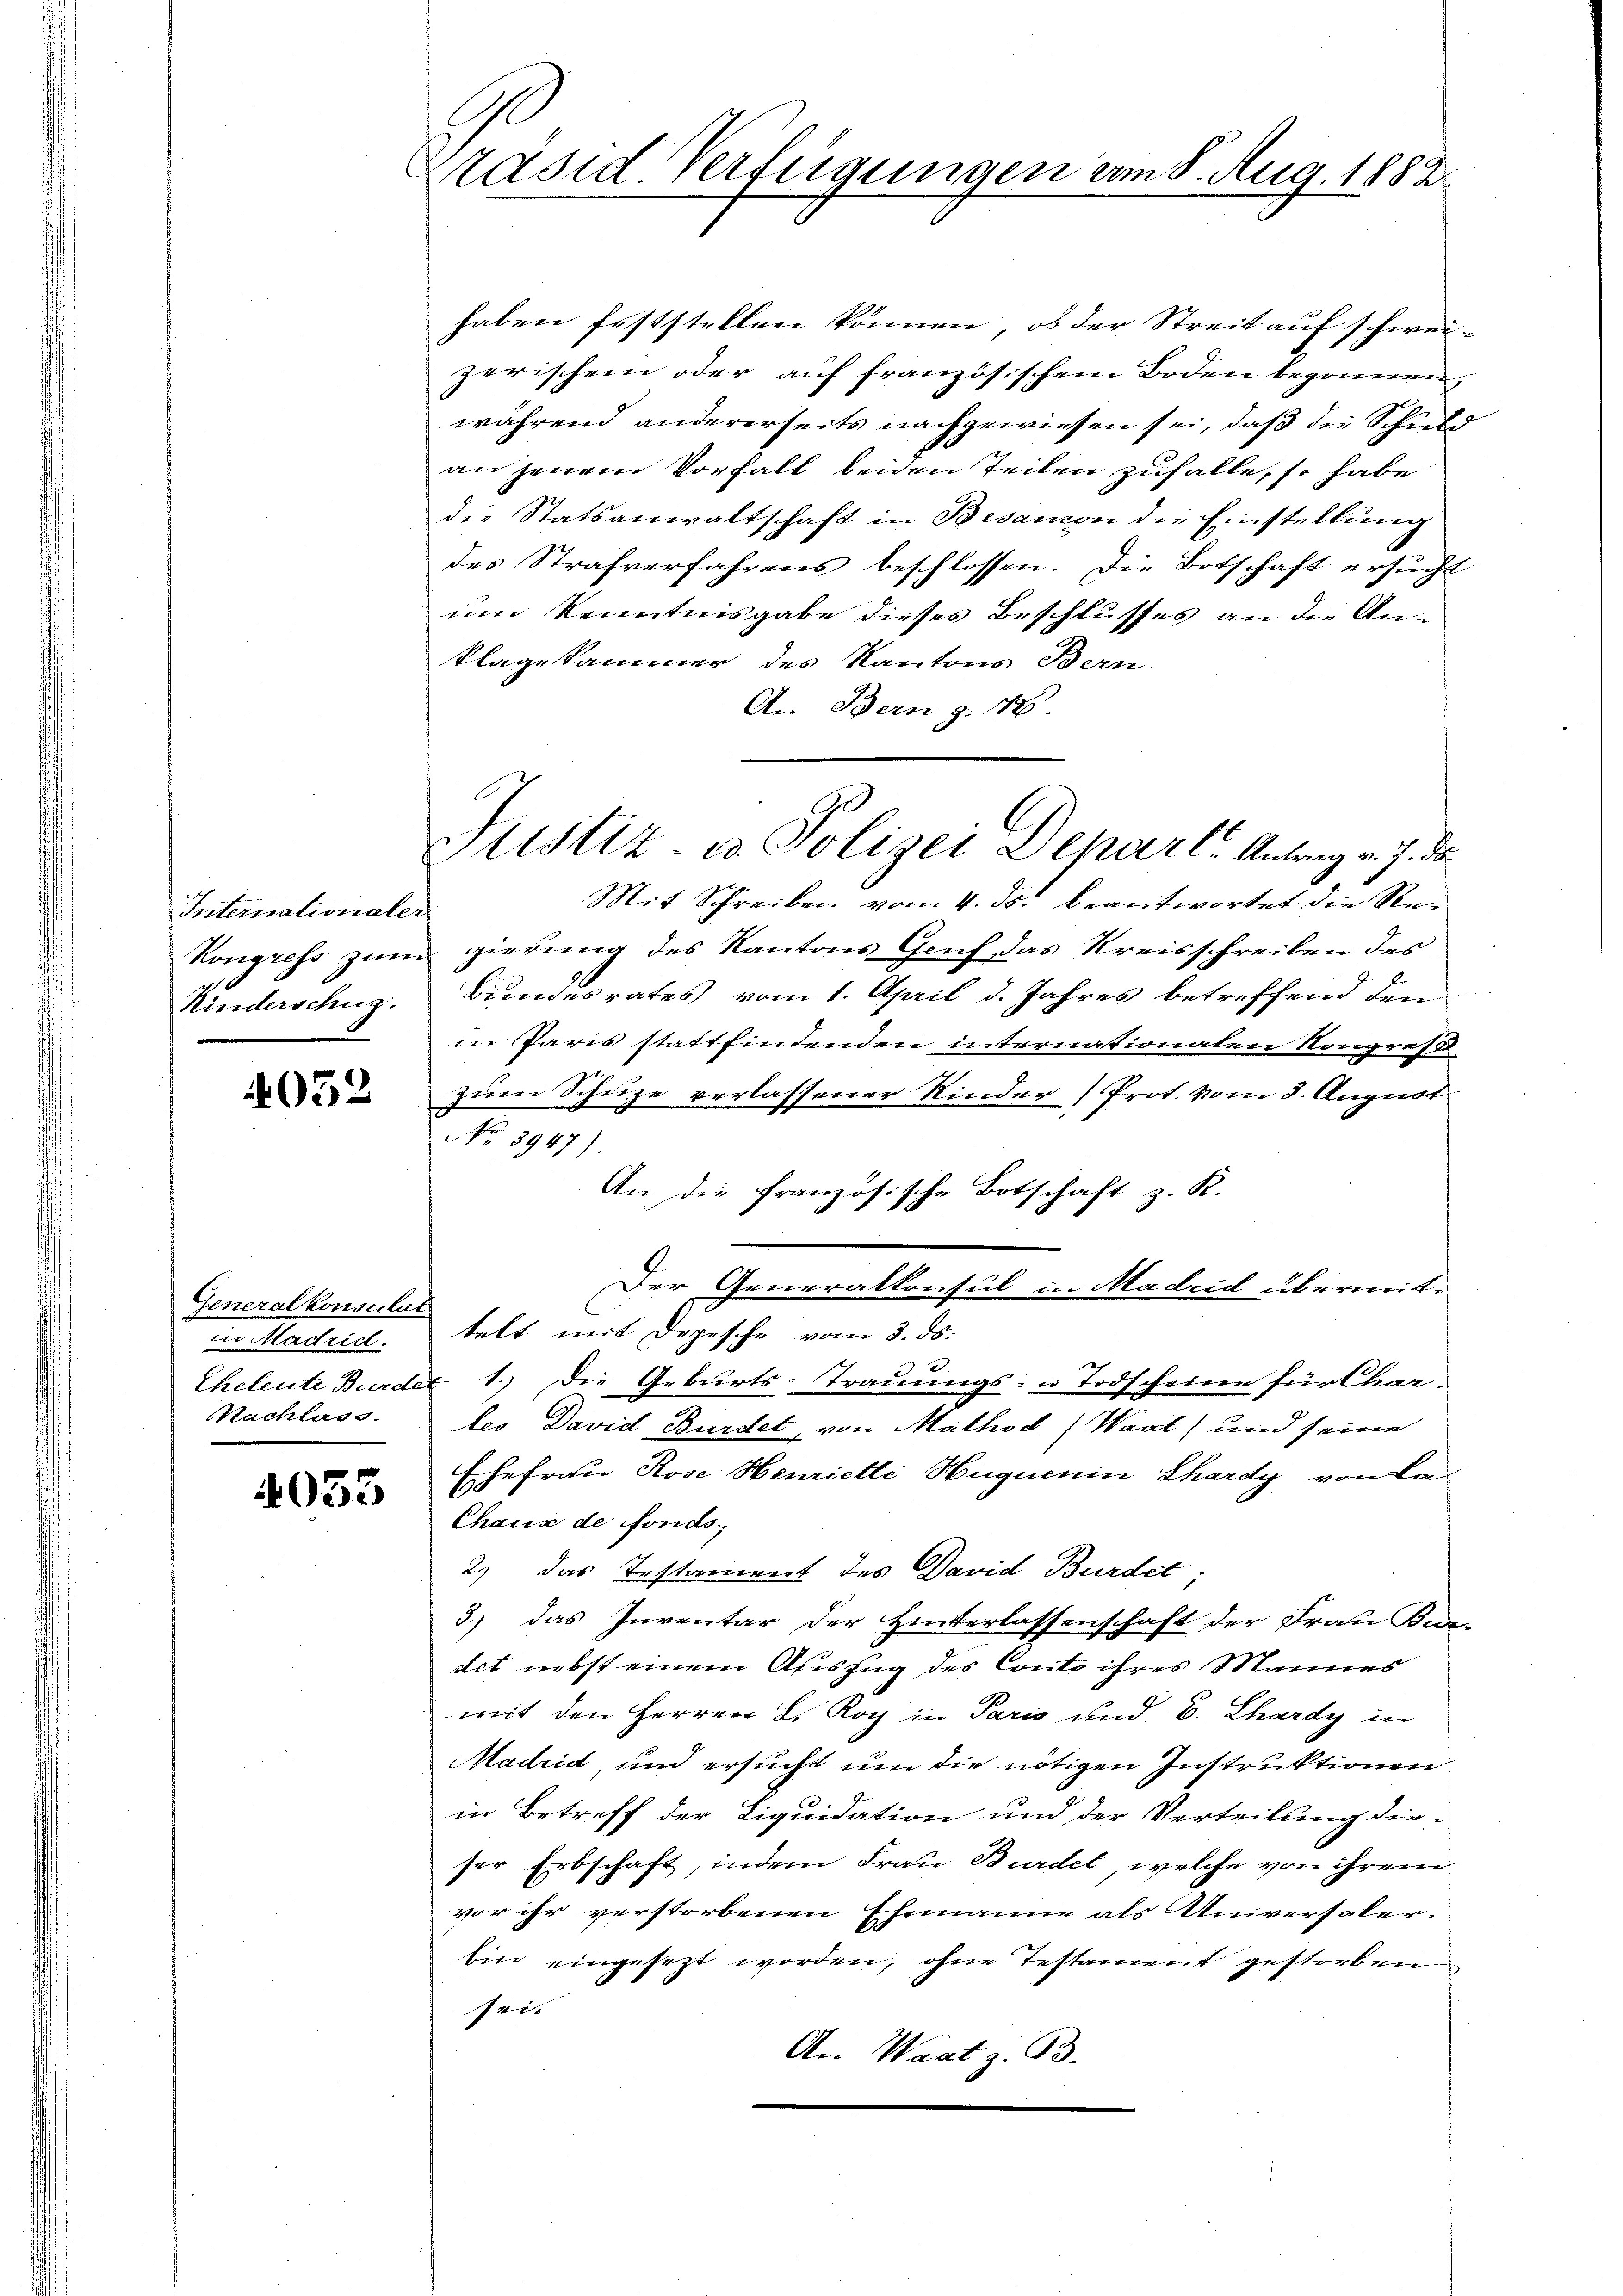
Internationaler
Kinderschuz.

4052

Generalkonsulat
in Madrid.
Nachlass.

4033

l
Präsid. Verfügungen vom 8. Aug. 1882

Justiz- u Polizei Depart. Antrag v. J. de

haben feststellen können, ob der Streit auf schweizerischen oder auf französischem Boden begrünen,
während andererseits nachgewiesen sei, daß die Schuld
an jenem Vorfall beiden Teilen zufalle, so habe
die Statsanwaltschaft in Besandon die Einstellung
des Strafverfahrens beschlossen. Die Botschaft ersucht
um kenntnisgabe dieses Beschlusses an die Anklagekammer des Kantons Bern.
An Bern z. 18
Mit Schreiben vom 4. ds. beantwortet die Re¬
Kongress zum gierung des Kantons Genf das Kreisschreiben des
Bundesrates vom 1. April d. Jahres betreffend den
in Paris stattfindenden internationalen Kongress
zum Schuze verlassener Kinder (Prot. vom 3. August
No 3947).
An die französische Botschaft z. K.
Der Generalkonsul in Madrid übermittelt mit Depesche vom 3. ds.
Eheleute Burde 1.) Die Geburts-Trauungs-Todscheine für Charles David Bürdet, von Mathod (Waat) und seine
Ehefrau Rose Henriette Huguenin Chardy von La¬
Chaus de fonds,
2) das Testament des David Bürdet;
3.) das Inventar der Hinterlassenschaft der Frau Bur-
det nebst einem Auszug des Conto ihres Mannes
mit den Herren L. Koch in Paris und E. Chardy in
Madrid, und ersucht um die nötigen Instruktionen
in Betreff der Liquidation und der Verteilung die-
ser Erbschaft, indem Frau Burdet, welche von ihrem
vor ihr verstorbenen Ehemanne als Universaler.
Ein eingesezt worden, ohne Testament gestorben
sei.
An Waatz. 93.